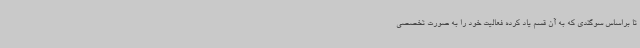
تا براساس سوگندی که به آن قسم یاد کرده فعالیت خود را به صورت تخصصی